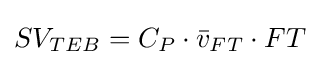
SV_{TEB}=C_{P}\cdot {\bar {v}}_{FT}\cdot FT